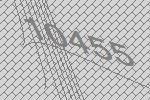
10455